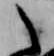
之